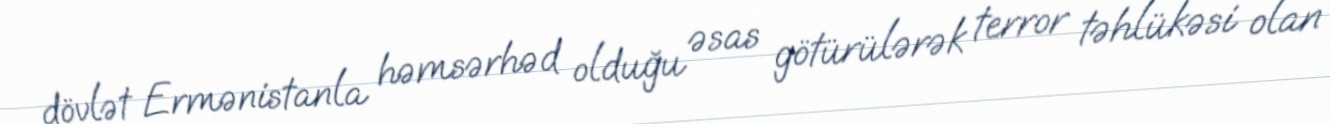
dövlət Ermənistanla həmsərhəd olduğu əsas götürülərək terror təhlükəsi olan